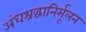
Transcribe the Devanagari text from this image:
अंधश्रद्धानिर्मूलन